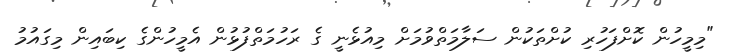
"މިމީހުން ކޮށްފަހުރި ކުށްތަކުން ސަލާމަތްވުމަށް މިއުޅެނީ ގެ ރަހުމަތްފުޅުން އެމީހުންގެ ކިބައިން މިގައުމު